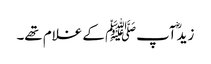
زیدؓ آپﷺ کے غلام تھے۔